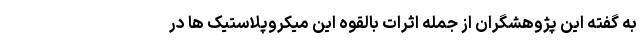
به گفته این پژوهشگران از جمله اثرات بالقوه این میکروپلاستیک ها در